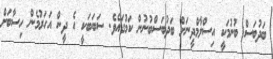
ބަދުބަސް ބުނުމަކީ އިސްލާމްދީނަށް ބަދުބަސްބުނުން ކަމުގައެވެ. ސަބަބަކީ އެ ދީން އަހަރުމެން ހިސާބަށް